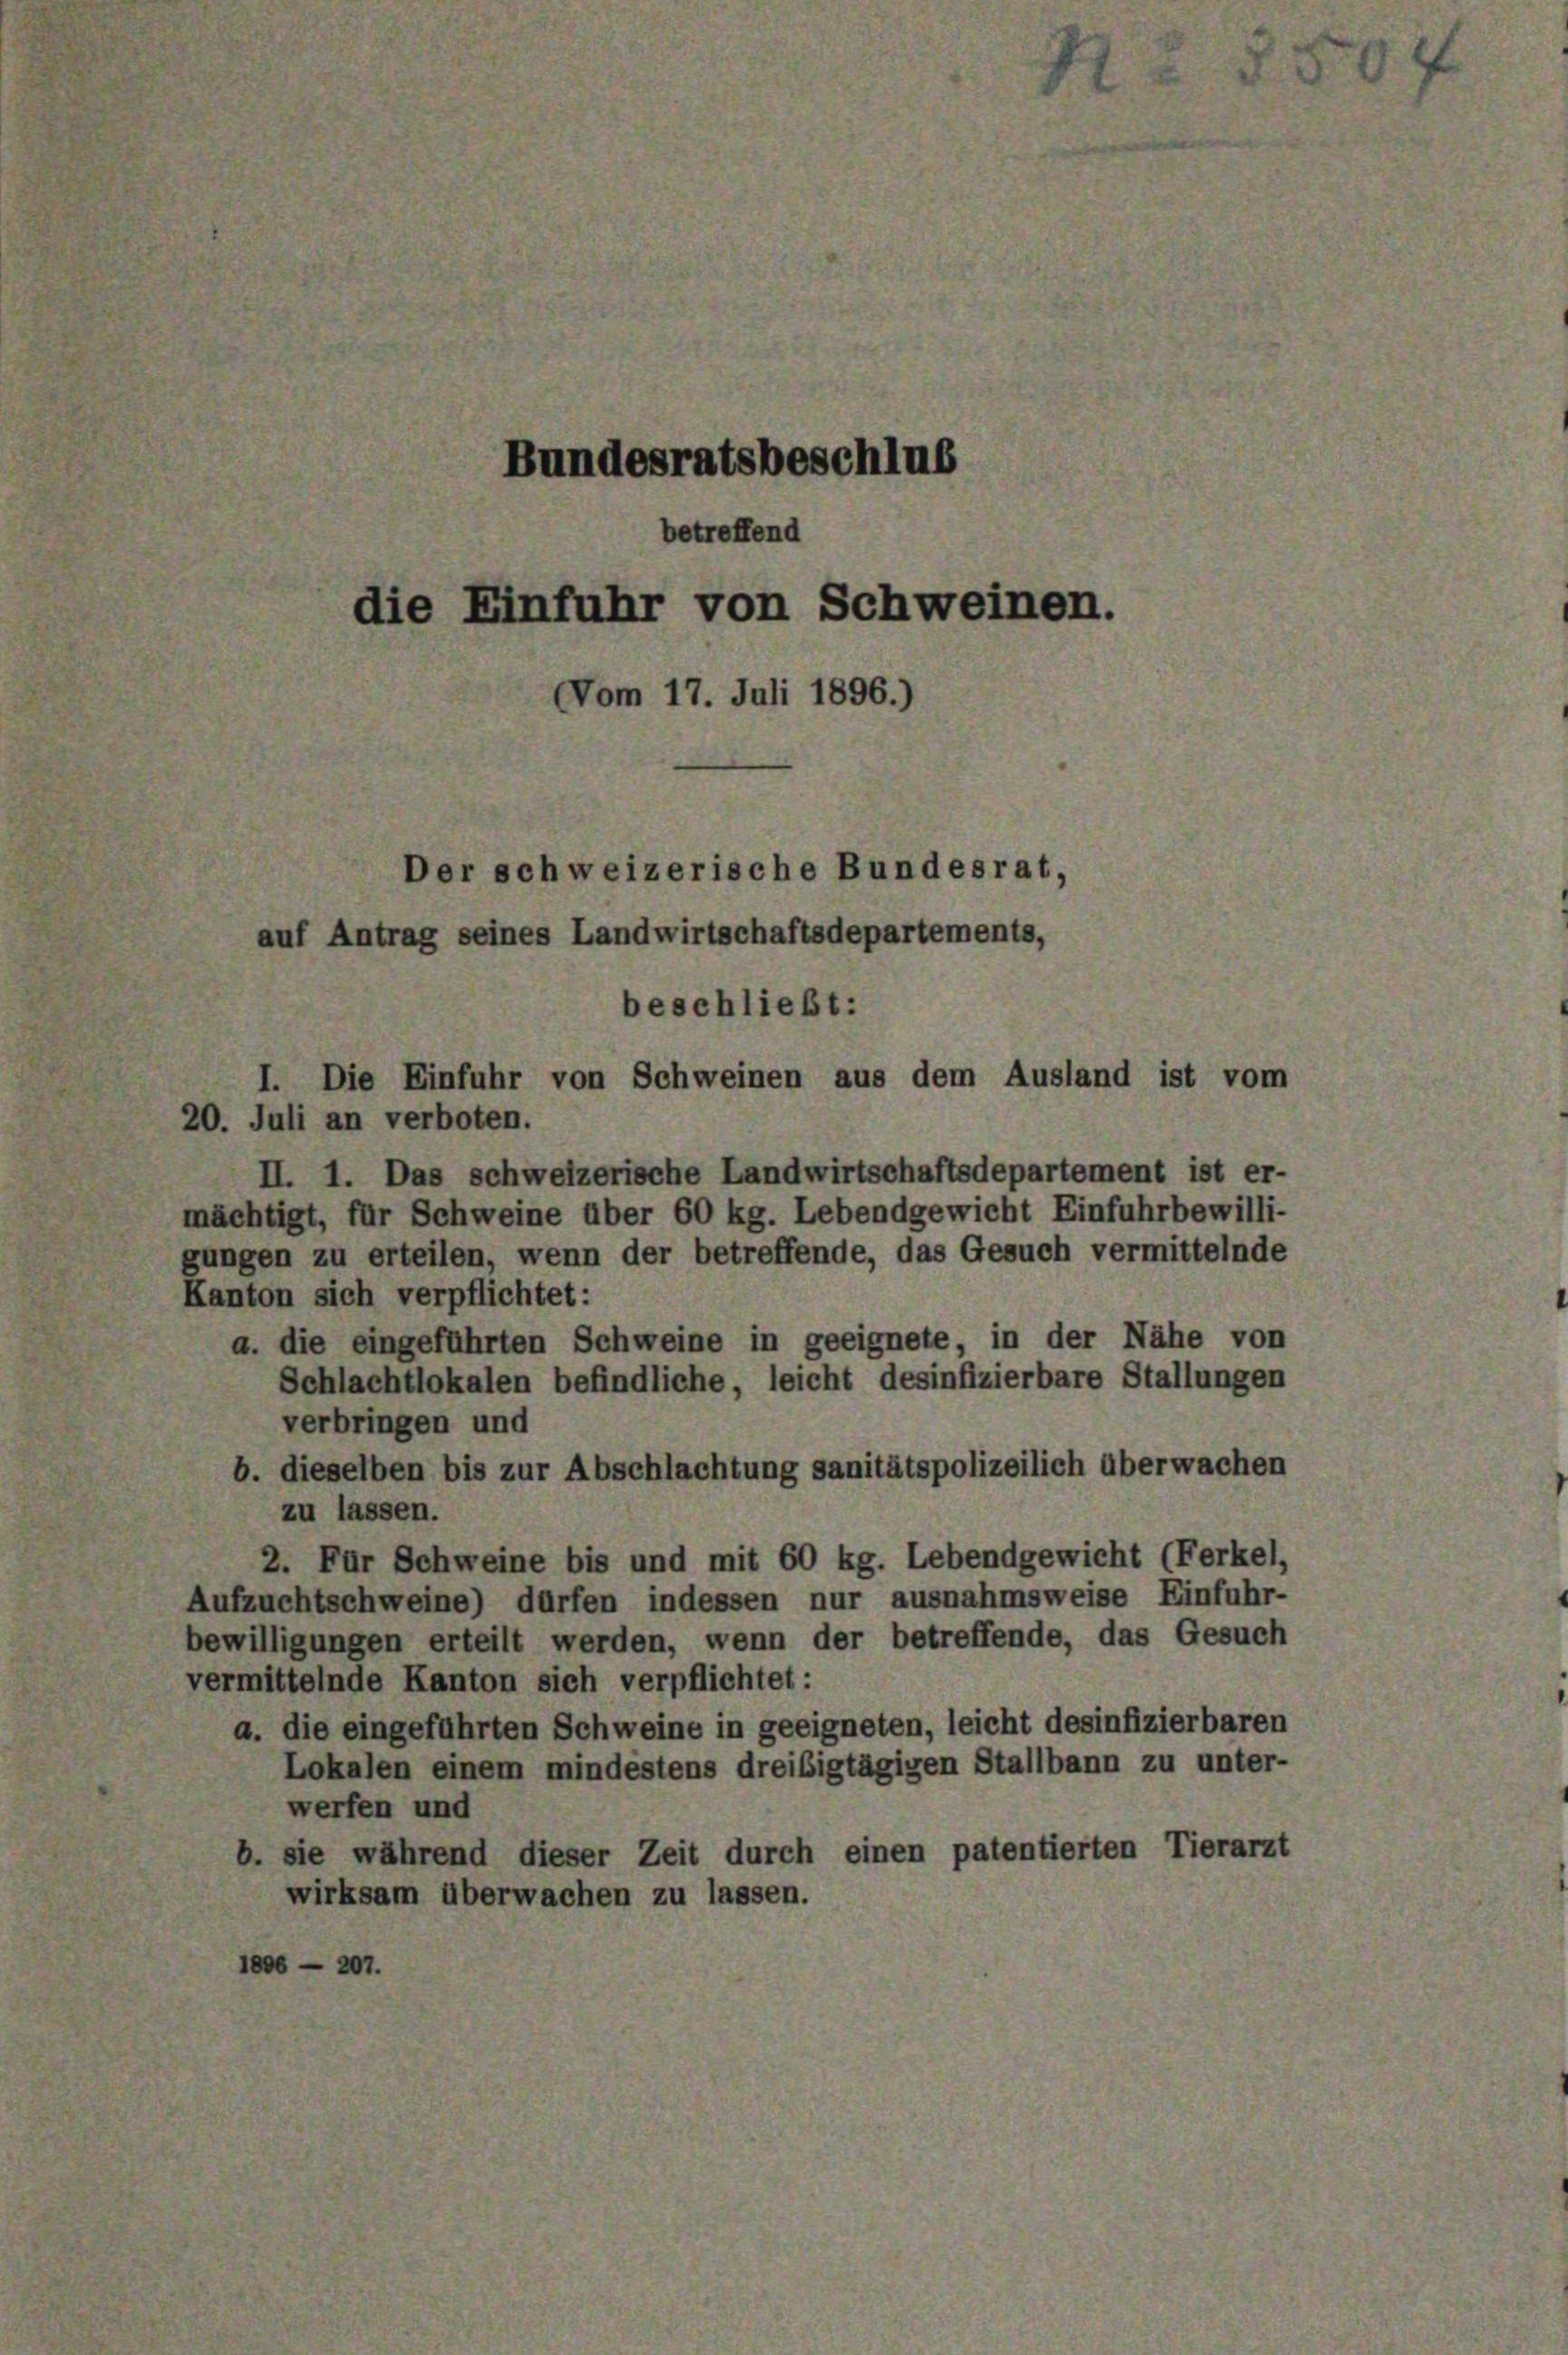
20. Juli an verboten.

bundesratsbeschlus
betreffend
die Einfuhr von Schweinen.
Vom 17. Juli 1896.)
Der schweizerische Bundesrat,
auf Antrag seines Landwirtschaftsdepartements,
beschließt:
I. Die Einfuhr von Schweinen aus dem Ausland ist vom

II. 1. Das schweizerische Landwirtschaftsdepartement ist er-
mächtigt, für Schweine über 60 kg. Lebendgewicht Einfuhrbewilli-
gungen zu erteilen, wenn der betreffende, das Gesuch vermittelnde
Kanton sich verpflichtet:
a. die eingeführten Schweine in geeignete, in der Nähe von
Schlachtlokalen befindliche, leicht desinfizierbare Stallungen
verbringen und
b. dieselben bis zur Abschlachtung sanitätspolizeilich überwachen
zu lassen.
2. Für Schweine bis und mit 60 kg. Lebendgewicht (Ferkel,
Aufzuchtschweine) dürfen indessen nur ausnahmsweise Einfuhr-
bewilligungen erteilt werden, wenn der betreffende, das Gesuch
vermittelnde Kanton sich verpflichtet:
a. die eingeführten Schweine in geeigneten, leicht desinfizierbaren
Lokalen einem mindestens dreißigtägigen Stallbann zu unter-
werfen und
b. sie während dieser Zeit durch einen patentierten Tierarzt
wirksam überwachen zu lassen.
1806 - 207.